Mental hospitals Bombay report 1929-33 - 1929-1933
Year: 1929
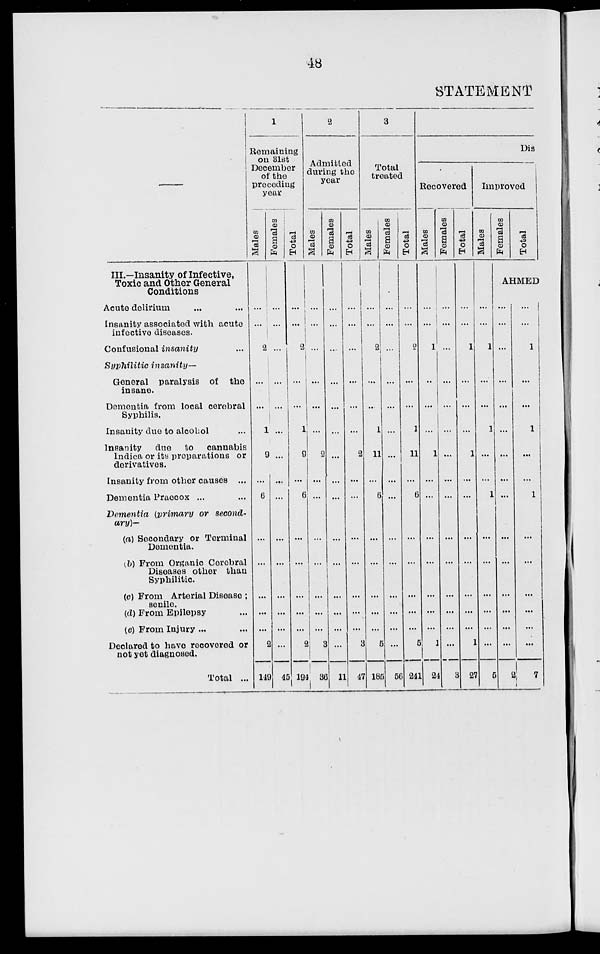
48
STATEMENT
III.—Insanity of Infective,
Toxic and Other General
Conditions
Acute delirium ... ...
Insanity associated with acute
infective diseases.
Confusional insanity ...
Syphilitic insanity—
General paralysis of the
insane.
Dementia from local cerebral
Syphilis.
Insanity due to alcohol ...
Insanity due to cannabis
Indica or its preparations or
derivatives.
Insanity from other causes ...
Dementia Praecox ... ...
Dementia (primary or second-
ary)—
(a) Secondary or Terminal
Dementia.
(b) From Organic Cerebral
Diseases other than
Syphilitic.
(c) From Arterial Disease ;
senile.
(d) From Epilepsy ...
(e) From Injury ... ...
Declared to have recovered or
not yet diagnosed.
Total ...
1
Remaining
on 31st
December
of the
preceding
year
Males
...
...
2
...
...
1
9
...
6
...
...
...
...
...
2
149
Females
...
...
...
...
...
...
...
...
...
...
...
...
...
...
...
45
Total
...
...
2
...
...
1
9
...
6
...
...
...
...
...
2
194
2
Admitted
during the
year
Males
...
...
...
...
...
...
2
...
...
...
...
...
...
...
3
36
Females
...
...
...
...
...
...
...
...
...
...
...
...
...
...
...
11
Total
...
...
...
...
...
...
2
...
...
...
...
...
...
...
3
47
3
Total
treated
Males
...
...
2
...
...
1
11
...
6
...
...
...
...
...
5
185
Females
...
...
...
...
...
...
...
...
...
...
...
...
...
...
...
56
Total
...
...
2
...
...
1
11
...
6
...
...
...
...
...
5
241
Dis-
Recovered
Males
...
...
1
...
...
...
l
...
...
...
...
...
...
...
1
24
Females
...
...
...
...
...
...
...
...
...
...
...
...
...
...
...
3
Total
...
...
1
...
...
...
1
...
...
...
...
...
...
...
1
27
Improved
Males
...
...
1
...
...
1
...
...
1
...
...
...
...
...
...
5
Females
Total
AHMED
...
...
...
...
...
...
...
...
...
...
...
...
...
...
...
2
...
...
1
...
...
1
...
...
1
...
...
...
...
...
...
7